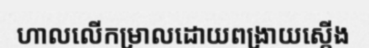
ហាលលើកម្រាលដោយពង្រាយស្តើង